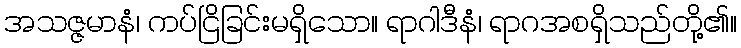
အသဇ္ဇမာနံ၊ ကပ်ငြိခြင်းမရှိသော။ ရာဂါဒီနံ၊ ရာဂအစရှိသည်တို့၏။